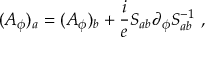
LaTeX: ( A _ { \phi } ) _ { a } = ( A _ { \phi } ) _ { b } + \frac i e S _ { a b } \partial _ { \phi } S _ { a b } ^ { - 1 } \ ,